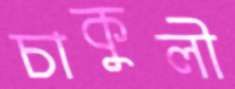
চাকুলী